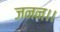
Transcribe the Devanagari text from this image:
जनन।।